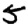
Digit: 5